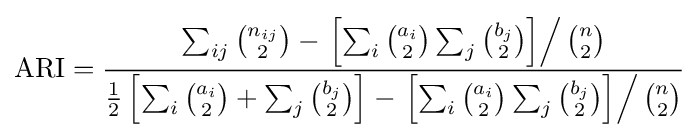
{\text{ARI}}={\frac {\sum _{ij}{\binom {n_{ij}}{2}}-\left.\left[\sum _{i}{\binom {a_{i}}{2}}\sum _{j}{\binom {b_{j}}{2}}\right]\right/{\binom {n}{2}}}{{\frac {1}{2}}\left[\sum _{i}{\binom {a_{i}}{2}}+\sum _{j}{\binom {b_{j}}{2}}\right]-\left.\left[\sum _{i}{\binom {a_{i}}{2}}\sum _{j}{\binom {b_{j}}{2}}\right]\right/{\binom {n}{2}}}}